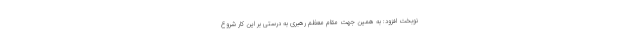
نوبخت افزود: به همین جهت مقام معظم رهبری به درستی بر این کار شروع